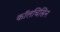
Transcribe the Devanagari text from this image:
कॉलचिसिन